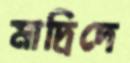
মাদ্রিদে